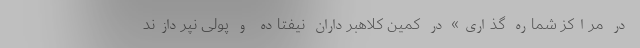
در مراکز شماره گذاری» در کمین کلاهبرداران نیفتاده و پولی نپردازند